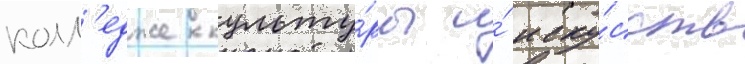
колл'едже культу́ры и́ иску́сств